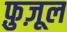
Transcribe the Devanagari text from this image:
फ़ुज़ूल